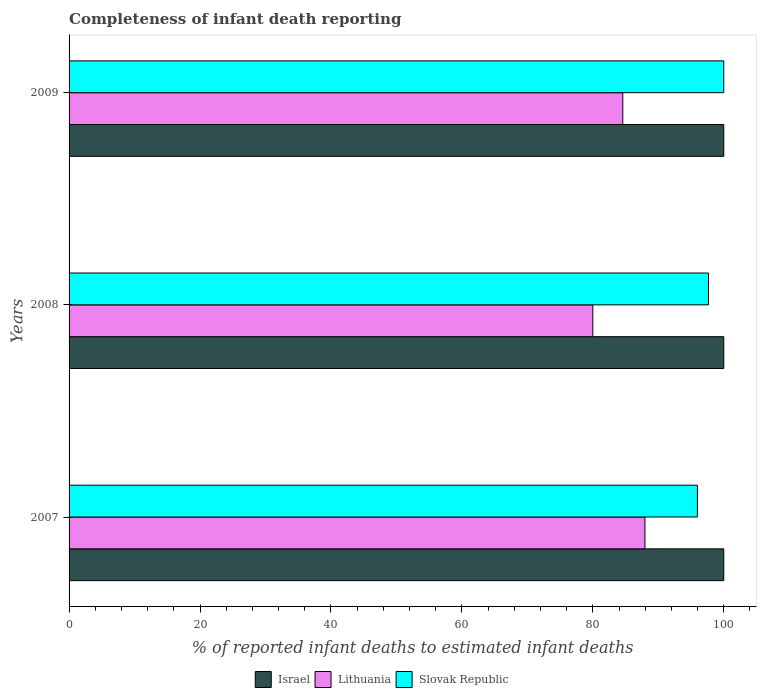
| Years | Israel | Lithuania | Slovak Republic |
 | --- | --- | --- | --- |
 | 2007 | 100 | 88 | 96 |
 | 2008 | 100 | 80 | 97.7 |
 | 2009 | 100 | 84.6 | 100 |